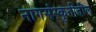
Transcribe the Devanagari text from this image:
नागसंस्कृतीतील